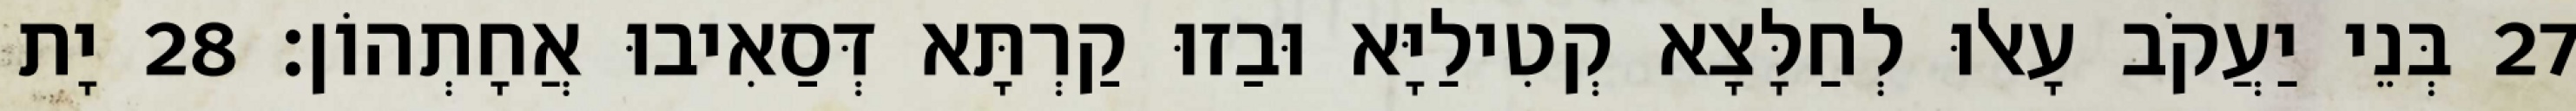
27 בְּנֵי יַעֲקֹב עָאלוּ לְחַלָּצָא קְטִילַיָּא וּבַזוּ קַרְתָּא דְּסַאִיבוּ אֲחָתְהוֹן׃ 28 יָת